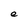
Character: e